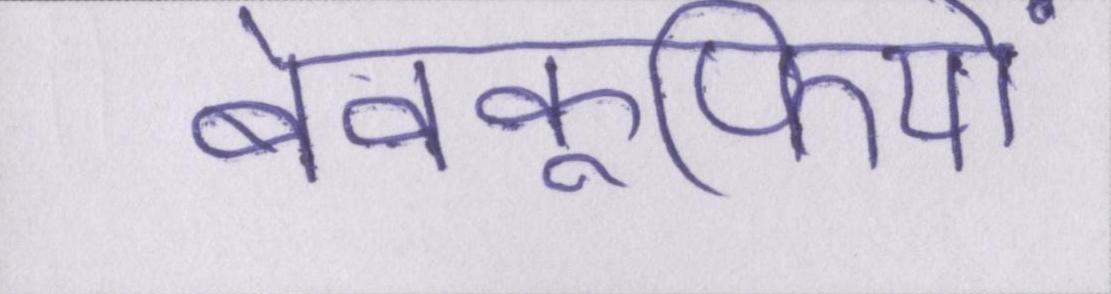
बेवकूफियों